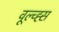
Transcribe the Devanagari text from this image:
वूल्व्ह्स